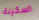
السكينة